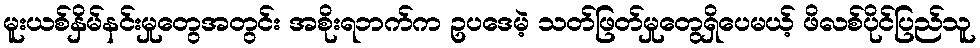
မူးယစ်နှိမ်နင်းမှုတွေအတွင်း အစိုးရဘက်က ဥပဒေမဲ့ သတ်ဖြတ်မှုတွေရှိပေမယ့် ဖိလစ်ပိုင်ပြည်သူ